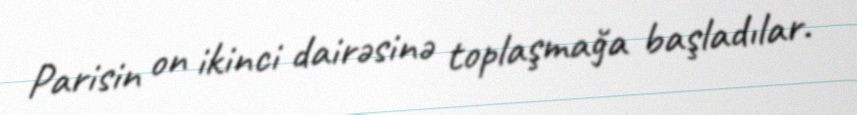
Parisin on ikinci dairəsinə toplaşmağa başladılar.